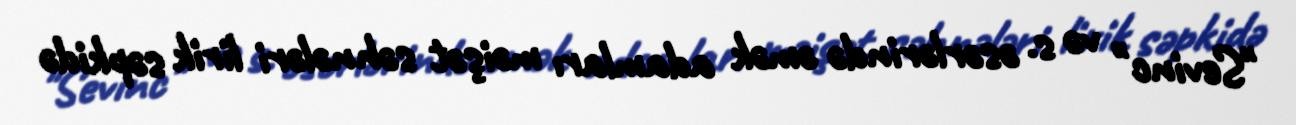
"Sevinc" və s. əsərlərində əmək adamları məişət səhnələri lirik səpkidə